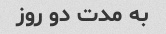
به مدت دو روز